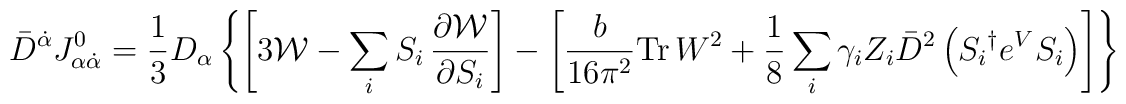
\bar{D}^{\dot{\alpha}} J^{0}_{\alpha\dot{\alpha}} = \frac{1}{3} D_{\alpha}\left\{\left[3{\cal W} - \sum_i S_i \,\frac{\partial {\cal W}}{\partial S_i}\right] - \left[\frac{b}{16\pi^2} {\rm Tr}\, W^2 + \frac{1}{8} \sum_i\gamma_i Z_i \bar{D}^2\left({S_i}^\dagger e^{V}S_i\right) \right] \right\}